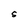
Character: S